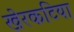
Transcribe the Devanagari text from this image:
खेरकटिया